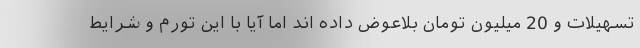
تسهیلات و 20 میلیون تومان بلاعوض داده اند اما آیا با این تورم و شرایط